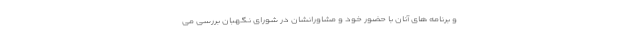
و برنامه های آنان با حضور خود و مشاورانشان در شورای نگهبان بررسی می